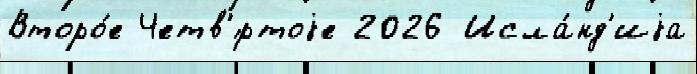
Второ́е Четв'́ртоjе 2026 Исла́нд'иjа